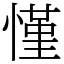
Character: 慬